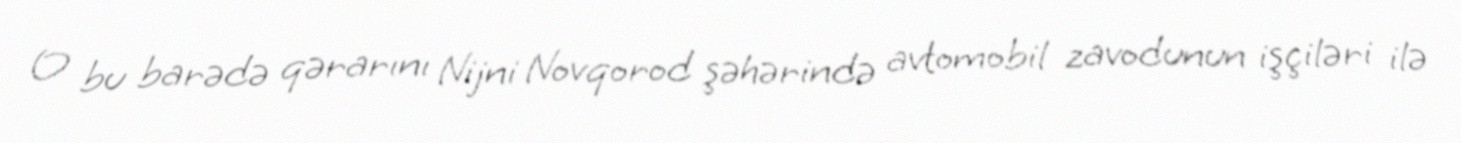
O bu barədə qərarını Nijni Novqorod şəhərində avtomobil zavodunun işçiləri ilə